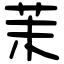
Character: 茉